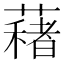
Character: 𦿀